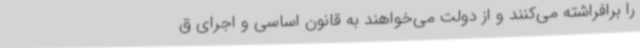
را برافراشته می‌کنند و از دولت می‌خواهند به قانون اساسی و اجرای ق